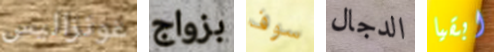
غونزاليس بزواج سوف الدجال ابقيا